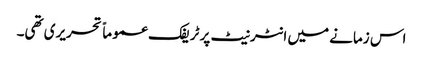
اس زمانے میں انٹرنیٹ پر ٹریفک عموماً تحریری تھی۔